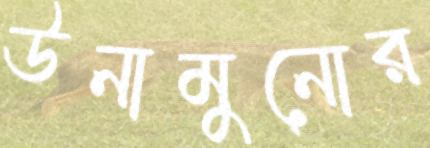
উনামুনোর